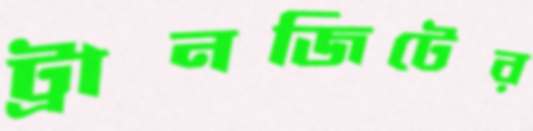
ট্রানজিটের